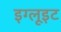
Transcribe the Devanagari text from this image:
इग्लूइट